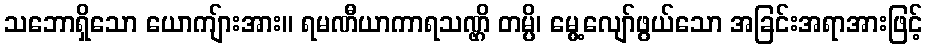
သဘောရှိသော ယောကျ်ားအား။ ရမဏီယာကာရသဏ္ဌိ တမ္ပိ၊ မွေ့လျော်ဖွယ်သော အခြင်းအရာအားဖြင့်